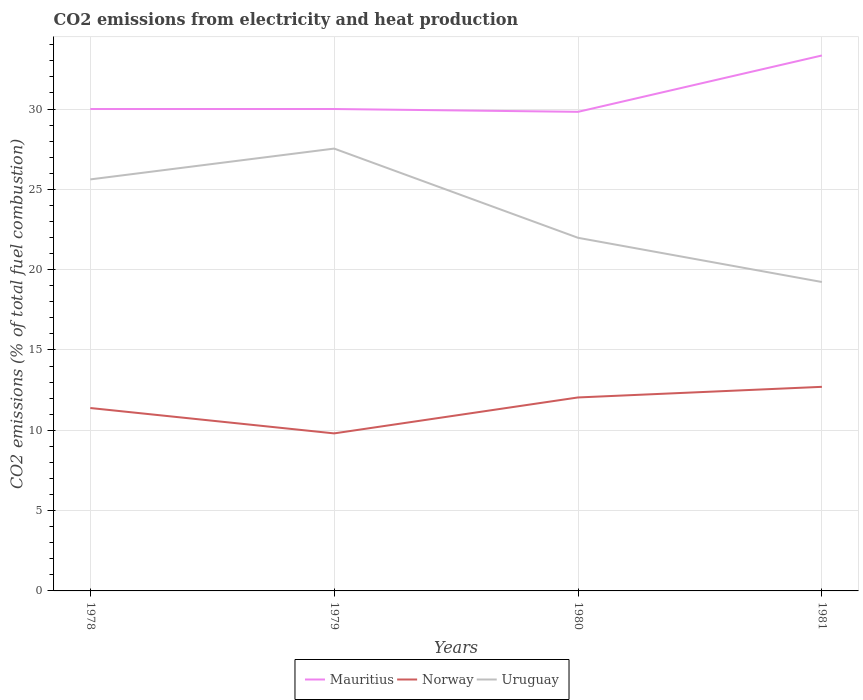
| Years | Mauritius | Norway | Uruguay |
 | --- | --- | --- | --- |
 | 1978 | 30 | 11.4 | 25.6 |
 | 1979 | 30 | 9.81 | 27.5 |
 | 1980 | 29.8 | 12 | 22 |
 | 1981 | 33.3 | 12.7 | 19.2 |